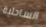
الساحلية